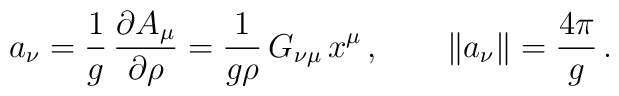
a_\nu=\frac{1}{g}\,\frac{\partial A_\mu}{\partial\rho}=\frac{1}{g\rho}\,G_{\nu\mu}\, x^\mu\,,\qquad\|a_\nu\|=\frac{4\pi}{g}\,.